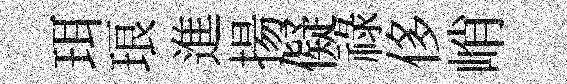
珥琅進揚儗祿侈峭